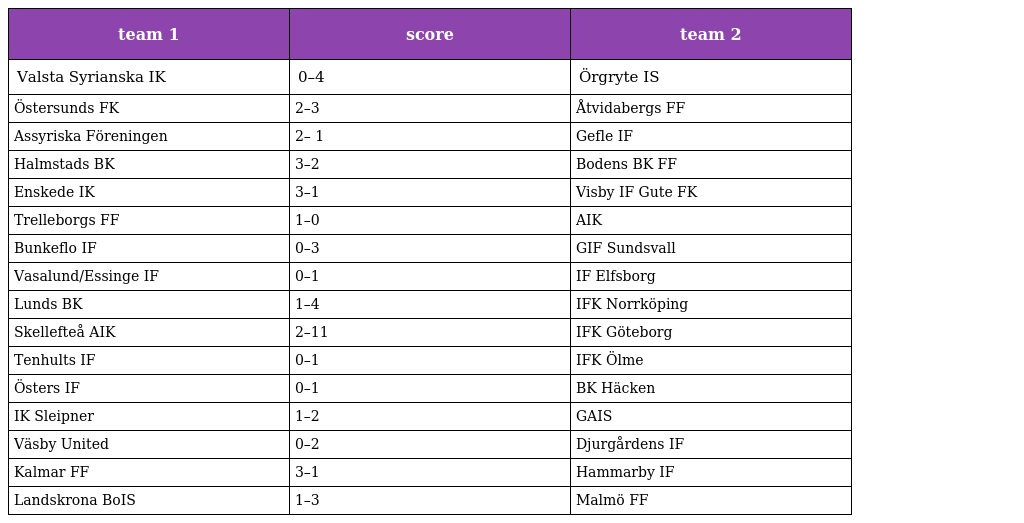
| team 1 | score | team 2 |
 | --- | --- | --- |
 | Valsta Syrianska IK | 0–4 | Örgryte IS |
 | Östersunds FK | 2–3 | Åtvidabergs FF |
 | Assyriska Föreningen | 2– 1 | Gefle IF |
 | Halmstads BK | 3–2 | Bodens BK FF |
 | Enskede IK | 3–1 | Visby IF Gute FK |
 | Trelleborgs FF | 1–0 | AIK |
 | Bunkeflo IF | 0–3 | GIF Sundsvall |
 | Vasalund/Essinge IF | 0–1 | IF Elfsborg |
 | Lunds BK | 1–4 | IFK Norrköping |
 | Skellefteå AIK | 2–11 | IFK Göteborg |
 | Tenhults IF | 0–1 | IFK Ölme |
 | Östers IF | 0–1 | BK Häcken |
 | IK Sleipner | 1–2 | GAIS |
 | Väsby United | 0–2 | Djurgårdens IF |
 | Kalmar FF | 3–1 | Hammarby IF |
 | Landskrona BoIS | 1–3 | Malmö FF |